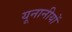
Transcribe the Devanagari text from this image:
यूनानीयों